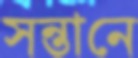
সন্তানে